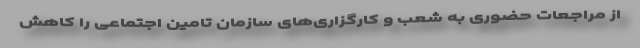
از مراجعات حضوری به شعب و کارگزاری‌های سازمان تامین اجتماعی را کاهش